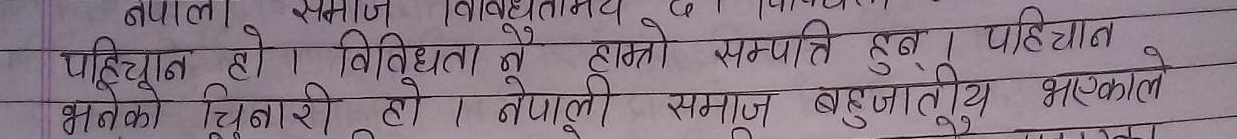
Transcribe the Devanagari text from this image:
नेपाली समाज बहुलत्तामय छ ।
पहिचान हो । विविधता नै हाम्रो सम्पत्ति हुन् । पहिचान
भनेको चिनारी हो । नेपाली समाज बहुजातीय भएकाले